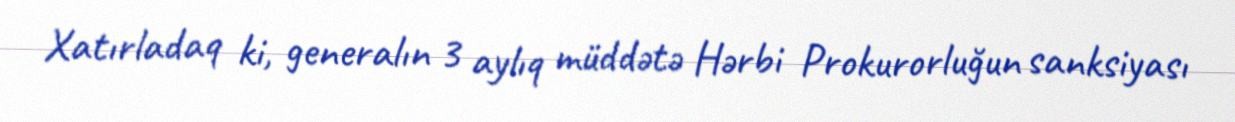
Xatırladaq ki, generalın 3 aylıq müddətə Hərbi Prokurorluğun sanksiyası